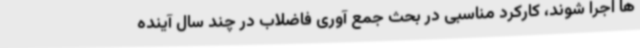
ها اجرا شوند، کارکرد مناسبی در بحث جمع آوری فاضلاب در چند سال آینده